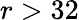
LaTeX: r>32